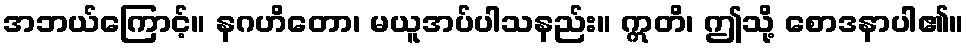
အဘယ်ကြောင့်။ နဂဟိတော၊ မယူအပ်ပါသနည်း။ ဣတိ၊ ဤသို့ စောဒနာပါ၏။